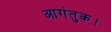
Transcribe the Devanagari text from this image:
आगंतुक।